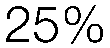
25%